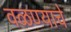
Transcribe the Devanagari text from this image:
वळण्याचे